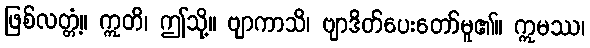
ဖြစ်လတ္တံ့။ ဣတိ၊ ဤသို့။ ဗျာကာသိ၊ ဗျာဒိတ်ပေးတော်မူ၏။ ဣမဿ၊